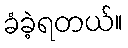
ခံခဲ့ရတယ်။